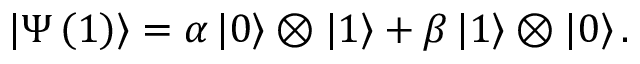
\left| \Psi \left( 1 \right) \right\rangle = \alpha \left| 0 \right\rangle \otimes \left| 1 \right\rangle + \beta \left| 1 \right\rangle \otimes \left| 0 \right\rangle .